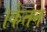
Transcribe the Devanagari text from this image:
।केतन